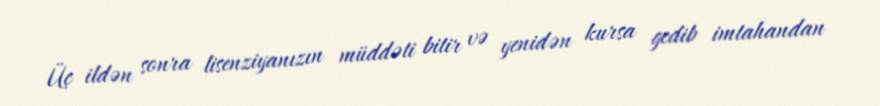
Üç ildən sonra lisenziyanızın müddəti bitir və yenidən kursa gedib imtahandan